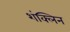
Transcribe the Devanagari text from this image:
शंक्लिन